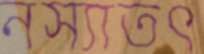
নস্যাতৎ